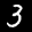
Label: 3